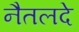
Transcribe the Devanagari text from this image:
नैतलदे